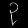
Digit: ၃